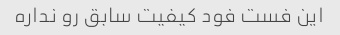
این فست فود کیفیت سابق رو نداره